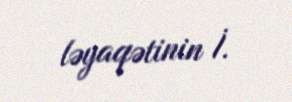
ləyaqətinin İ.